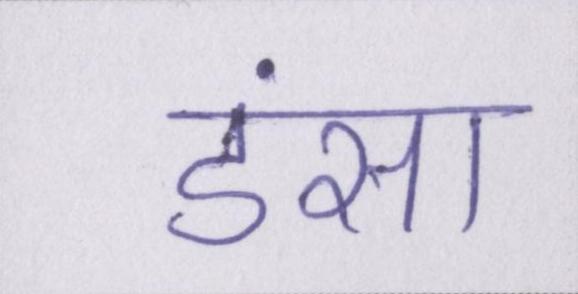
डंसा